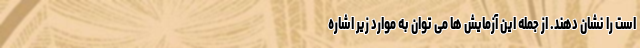
است را نشان دهند. از جمله این آزمایش ها می توان به موارد زیر اشاره